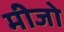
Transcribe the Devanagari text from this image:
मीजो